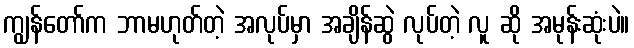
ကျွန်တော်က ဘာမဟုတ်တဲ့ အလုပ်မှာ အချိန်ဆွဲ လုပ်တဲ့ လူ ဆို အမုန်းဆုံးပဲ။